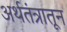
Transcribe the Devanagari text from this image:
अर्थतंत्रातून